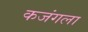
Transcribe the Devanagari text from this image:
कजंगला